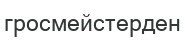
гросмейстерден